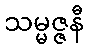
သမ္မဇ္ဇနီ